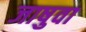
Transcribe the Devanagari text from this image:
जाषुवा